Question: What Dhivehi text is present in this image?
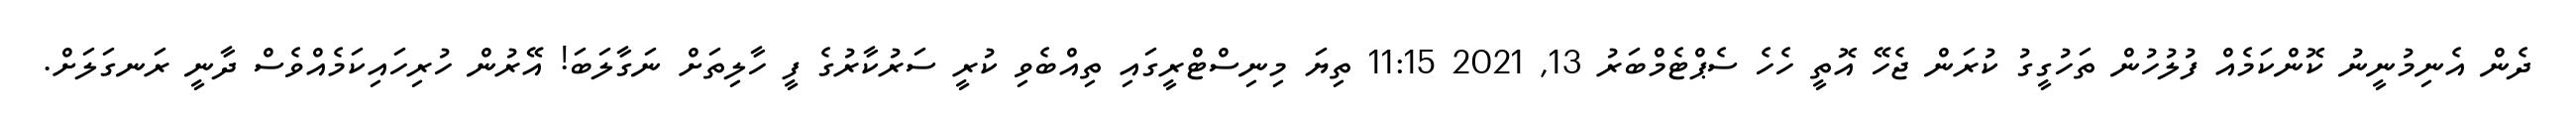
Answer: ދެން އެނިމުނީނު ކޮންކަމެއް ފުލުހުން ތަހުގީގު ކުރަން ޖެހޭ އޮތީ ހެހެ ސެޕްޓެމްބަރު 13, 2021 11:15 ތިޔަ މިނިސްޓްރީގައި ތިއްބެވި ކުރީ ސަރުކާރުގެ ފީ ހާލިތަށް ނަގާލަބަ! އޭރުން ހުރިހައިކަމެއްވެސް ދާނީ ރަނގަލަށް.